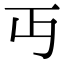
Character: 丏